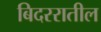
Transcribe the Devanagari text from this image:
बिदररातील